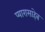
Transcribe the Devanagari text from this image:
प्यारासाहेब